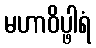
မဟာဝိပ္ဖါရံ